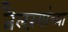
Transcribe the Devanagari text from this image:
तैलरंगांच्या